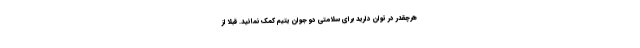
هرچقدر در توان دارید برای سلامتی دو جوان یتیم کمک نمائید. قبلا از